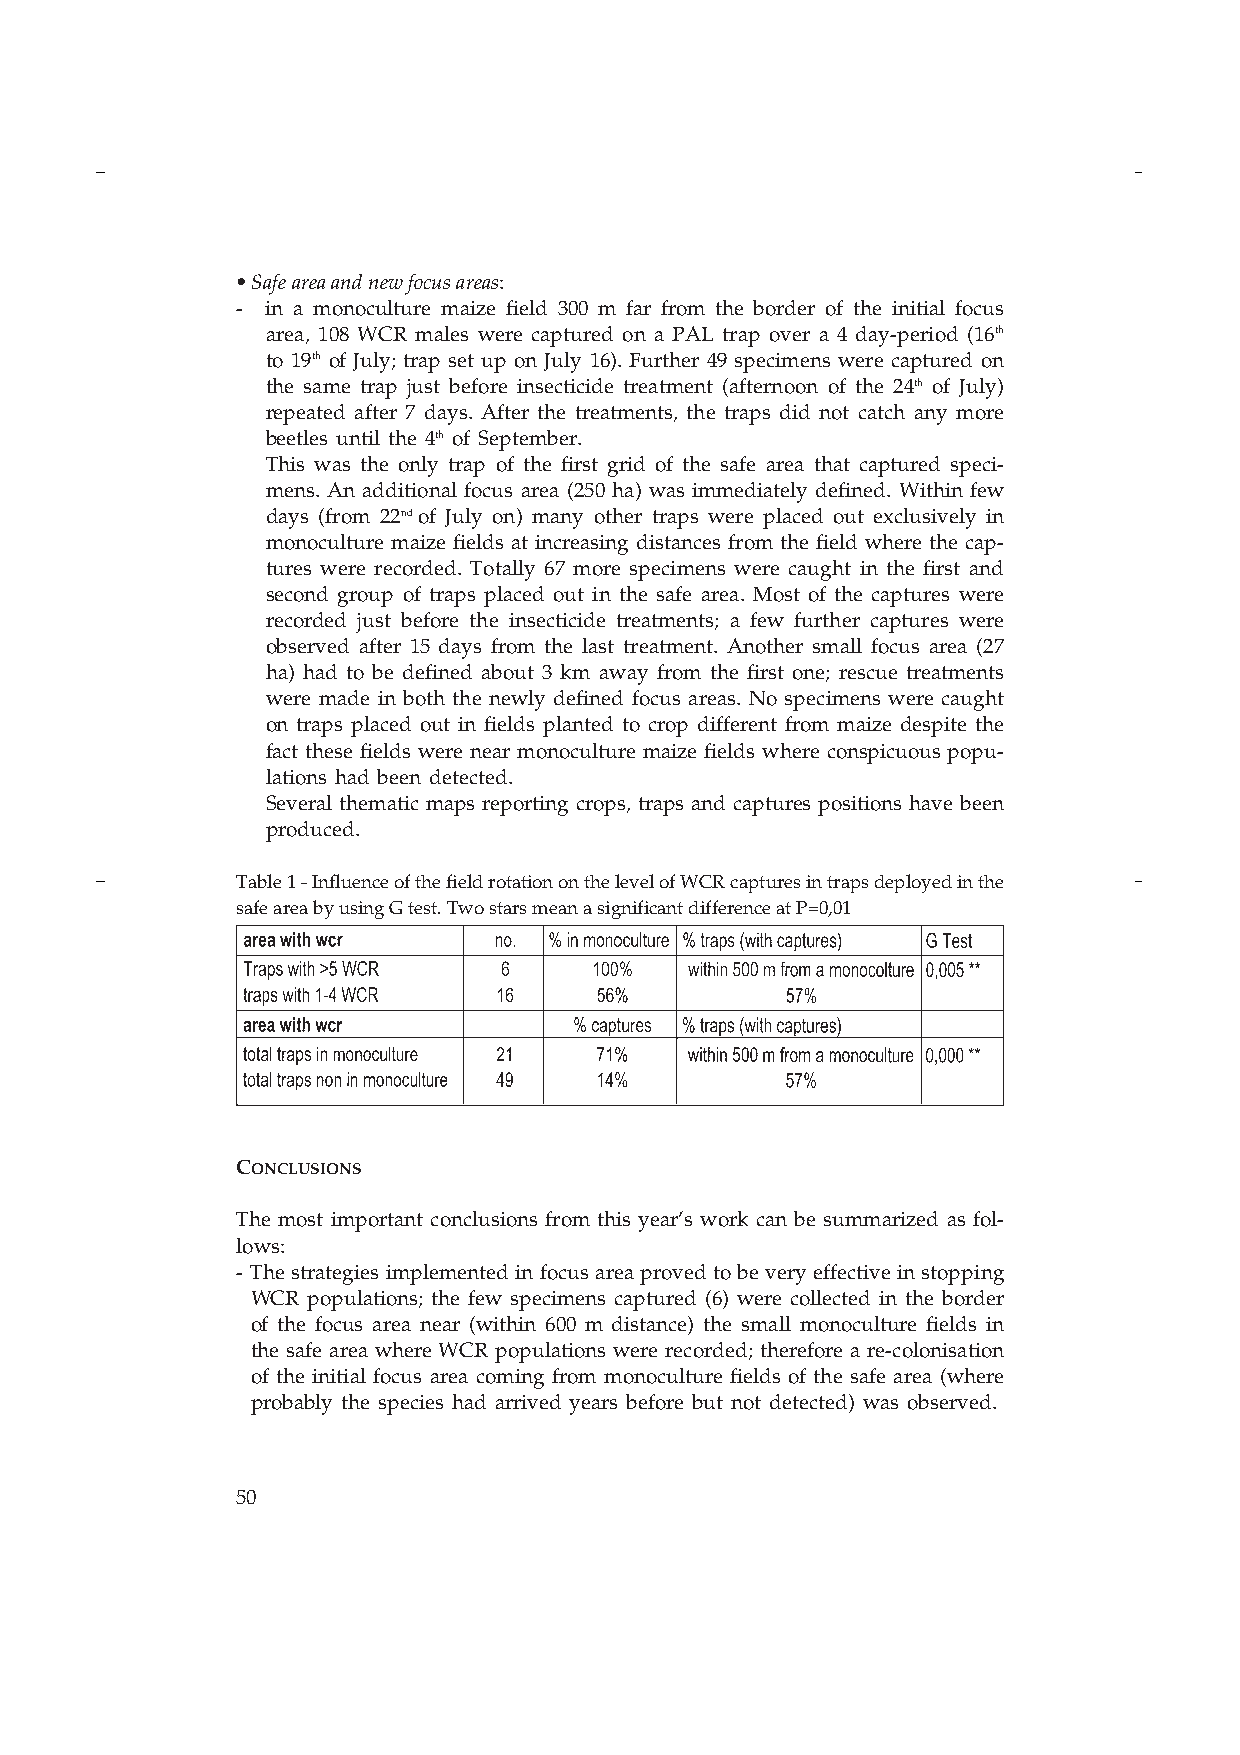
• Safe area and new focus areas:
 - in a monoculture maize field 300 m far from the border of the initial focus
 area, 108 WCR males were captured on a PAL trap over a 4 day-period (16th
 to 19th of July; trap set up on July 16). Further 49 specimens were captured on
 the same trap just before insecticide treatment (afternoon of the 24th of July)
 repeated after 7 days. After the treatments, the traps did not catch any more
 beetles until the 4th of September.
 This was the only trap of the first grid of the safe area that captured speci-
 mens. An additional focus area (250 ha) was immediately defined. Within few
 days (from 22ndof July on) many other traps were placed out exclusively in
 monoculture maize fields at increasing distances from the field where the cap-
 tures were recorded. Totally 67 more specimens were caught in the first and
 second group of traps placed out in the safe area. Most of the captures were
 recorded just before the insecticide treatments; a few further captures were
 observed after 15 days from the last treatment. Another small focus area (27
 ha) had to be defined about 3 km away from the first one; rescue treatments
 were made in both the newly defined focus areas. No specimens were caught
 on traps placed out in fields planted to crop different from maize despite the
 fact these fields were near monoculture maize fields where conspicuous popu-
 lations had been detected.
 Several thematic maps reporting crops, traps and captures positions have been
 produced.
 Table 1 - Influence of the field rotation on the level of WCR captures in traps deployed in the
 safe area by using G test. Two stars mean a significant difference at P=0,01
 CONCLUSIONS
 The most important conclusions from this year’s work can be summarized as fol-
 lows:
 - The strategies implemented in focus area proved to be very effective in stopping
 WCR populations; the few specimens captured (6) were collected in the border
 of the focus area near (within 600 m distance) the small monoculture fields in
 the safe area where WCR populations were recorded; therefore a re-colonisation
 of the initial focus area coming from monoculture fields of the safe area (where
 probably the species had arrived years before but not detected) was observed.
 50